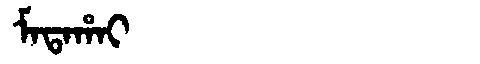
Manchu: ᠮᠠᡨᠠᡥᠠᡳ
Romanization: MATAHAI